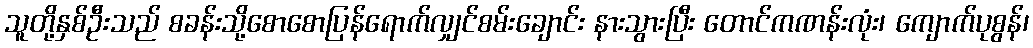
သူတို့နှစ်ဦးသည် စခန်းသို့စောစောပြန်ရောက်လျှင်စမ်းချောင်း နားသွားပြီး တောင်ကဏန်းလုံး၊ ကျောက်ပုစွန်၊